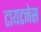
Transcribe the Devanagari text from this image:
टायटनेस